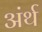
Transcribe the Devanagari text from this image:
अंर्थ